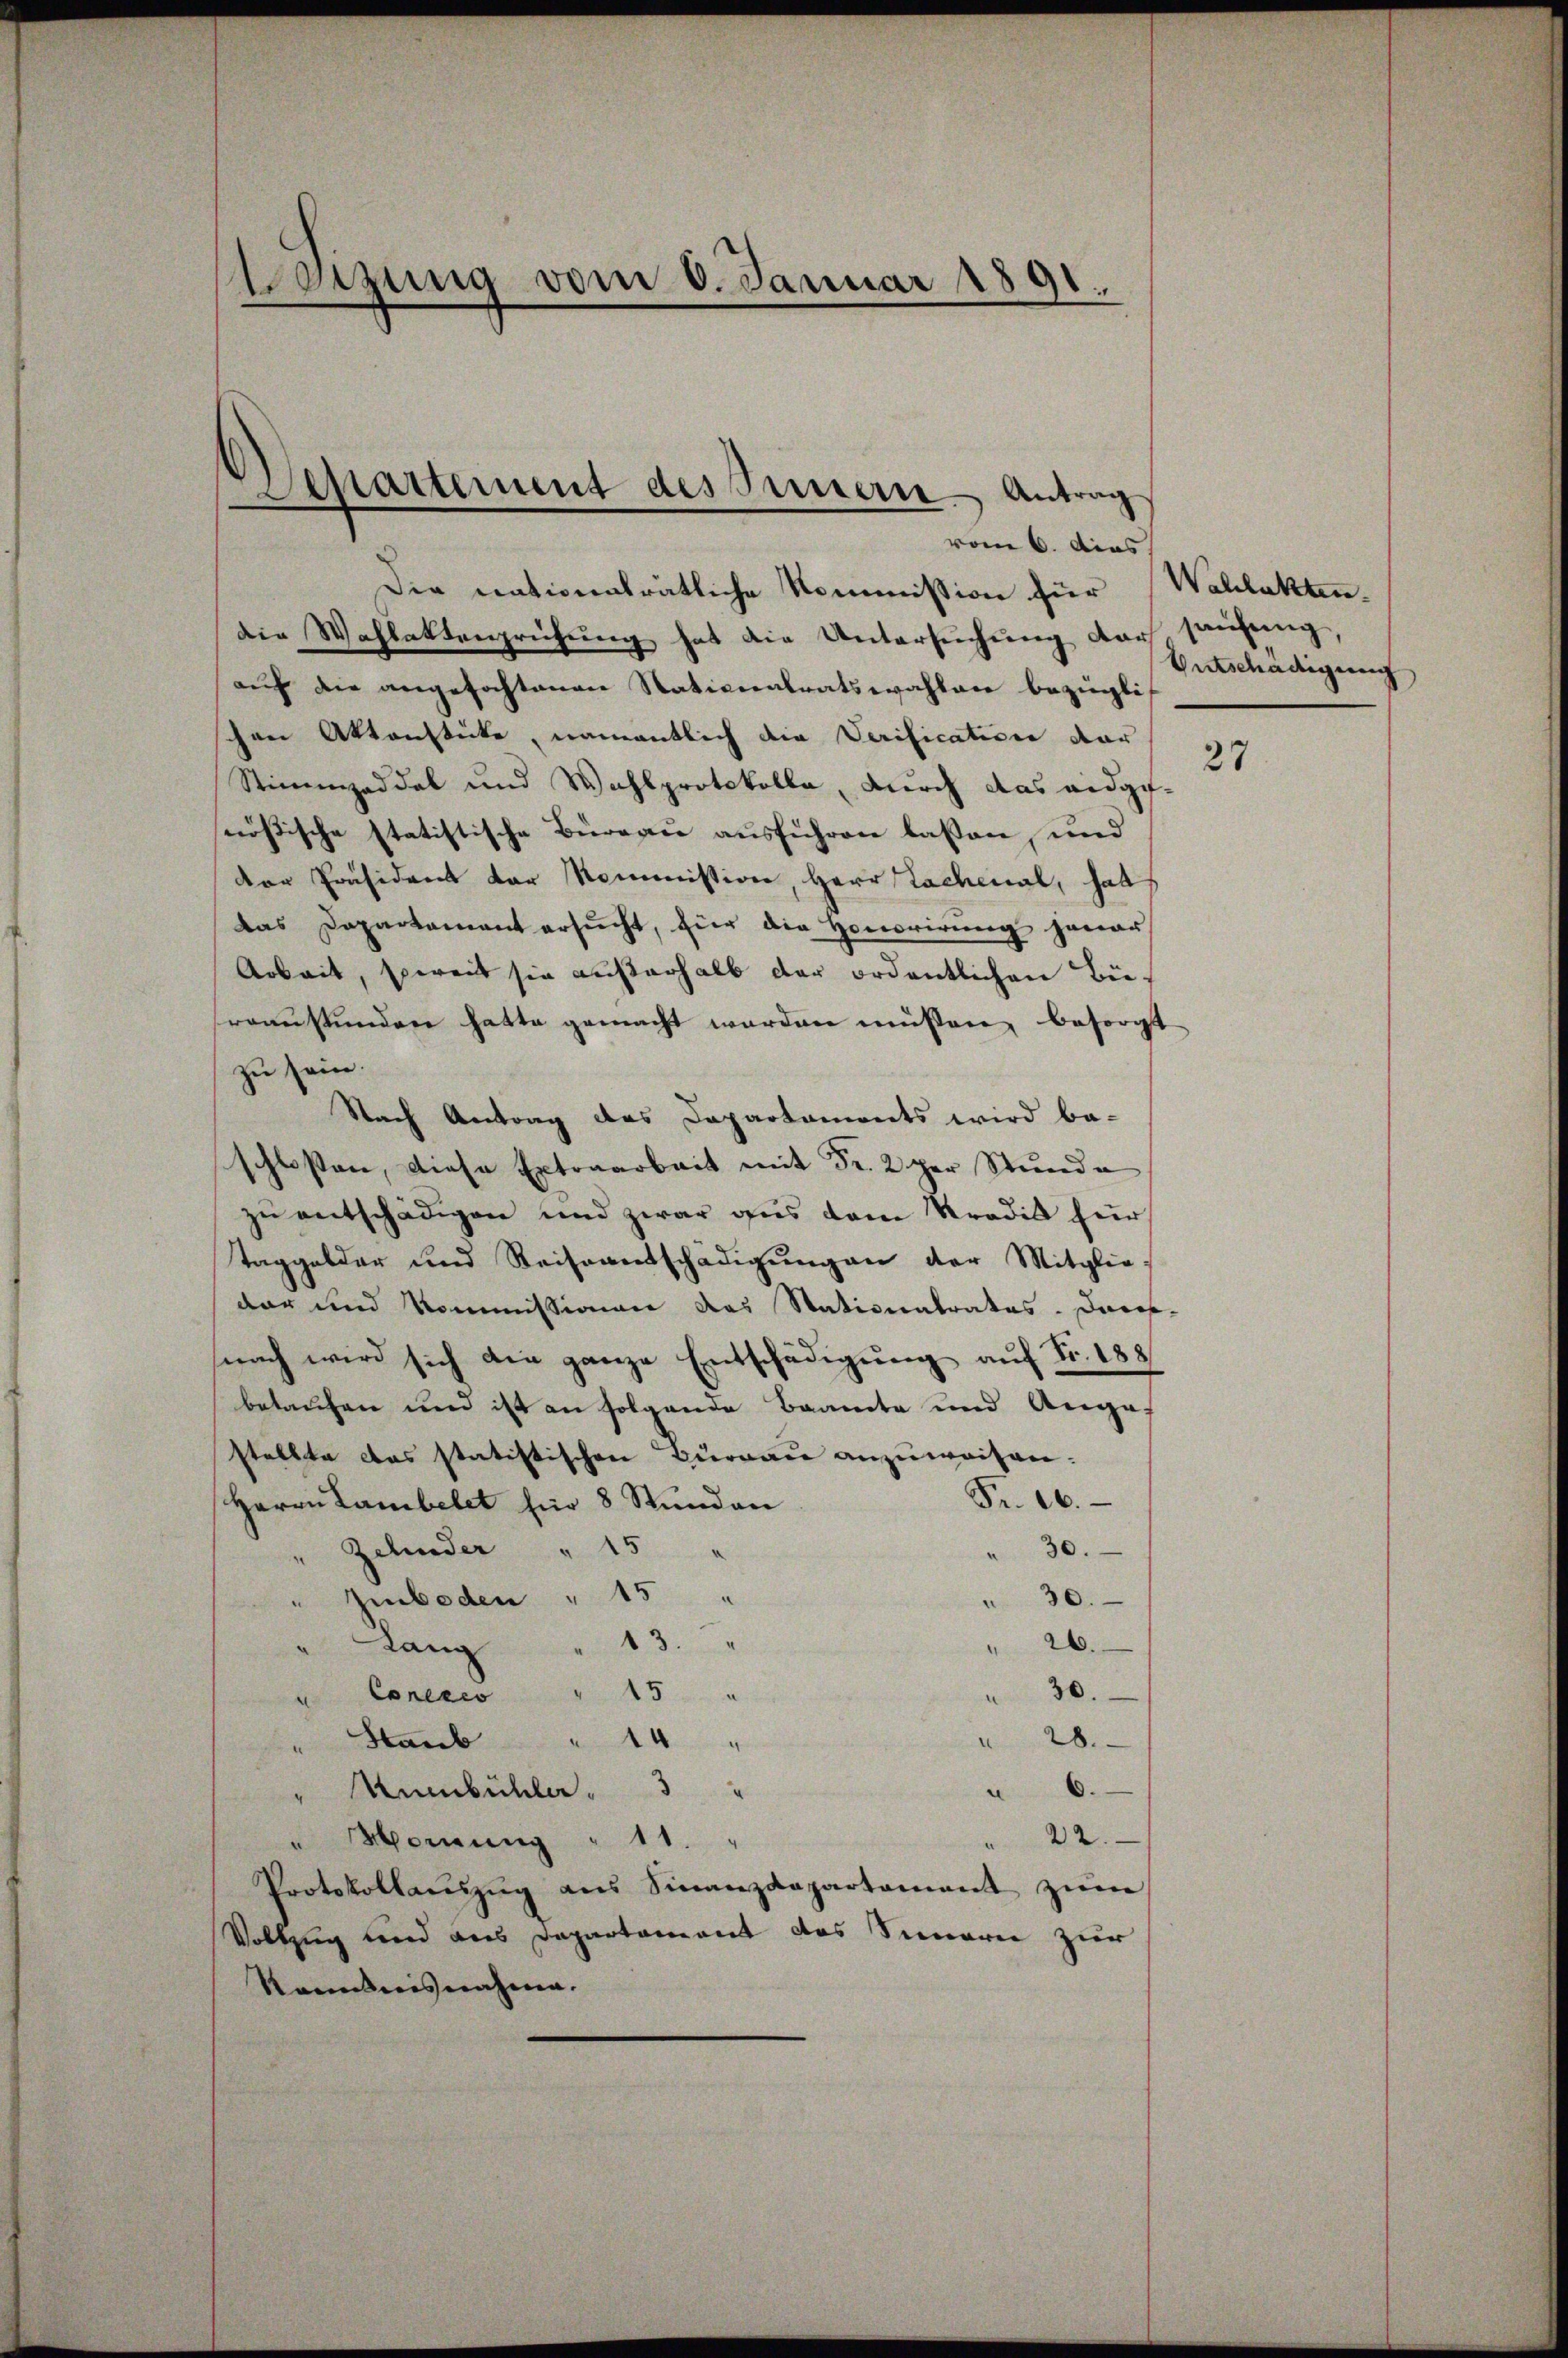
izung vom 6. Januar 1891.

Separtement des Innern Antrag
vom 6. dies

Die nationalrätliche Kommission für Wahlakten.
die Wahlaktenprüfung hat die Untersuchung der haufung,
auf die angefochtenen Nationalratswahlen bezingli
chen Aktenstücke, namentlich die Verification dar
Stimmzeddel und Wahlprotokolla, durch das eidgenößische statistische Büreau ausführen lassen, und
dor Präsident der Kommission, Herr Lachenal, hat
das Departament ersŭcht, für die Honorirŭng genar
Arbeit, soweit sie außerhalb der ordentlichen Büraaustundere hatte gemacht worden müssen, besorgt
zu sein.
Nach Antrag des Departaments wird be-
schlossen, diese Extraarbeit mit Fr. 2 per Stunde
zu entschädigen und zwar aus dem Tradik für
Taggelder und Reiseentschädigungen der Mitglie-
dar und Kommissionen das Stationatrates. Dar-
nach wird sich die ganze Entschädigung auf Fr. 188
belaufen und ist an folgende Beamte und Angestellte das statistischen Burgau anzuweisen.
Fr. 10.
Herrn Lambelet für 8 Stunden
Zehnder " 15
30.
Imboden " 15
.
30.
3.
" 26.
Lan
2
15
 30.
Conerco
.
" 28.
14
" Staub
6.
Anenbühler  "   3
22
Wornung " 11.
Protokollaŭszŭg aŭs Finanzdepartement zum
Vollzug und aus Departement das Sinnerei zur
Sanntnisnahme.

Entschädigung

27